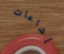
إشاعات